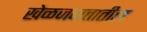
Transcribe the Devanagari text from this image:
खेळजगतातील